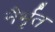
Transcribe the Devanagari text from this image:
नैर्भृत